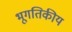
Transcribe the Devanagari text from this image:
भूगतिकीय